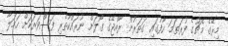
މިރޭގެ މެޗުގެ ފުރަތަމަ ހާފުގައި ގަތަރުން ރާއްޖޭގެ ގޯލަށް ނުރައްކާތެރި ފަސްވަރަކަށް ހަމަލާ